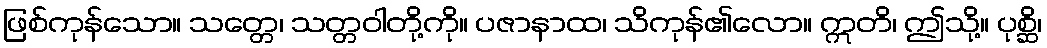
ဖြစ်ကုန်သော။ သတ္တေ၊ သတ္တဝါတို့ကို။ ပဇာနာထ၊ သိကုန်၏လော။ ဣတိ၊ ဤသို့။ ပုစ္ဆိ၊